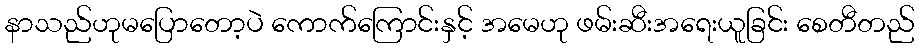
နာသည်ဟုမပြောတော့ပဲ ကောက်ကြောင်းနှင့် အမေဟု ဖမ်းဆီးအရေးယူခြင်း စေတီတည်